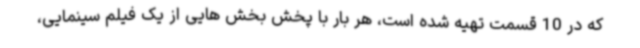
که در 10 قسمت تهیه شده است، هر بار با پخش بخش هایی از یک فیلم سینمایی،